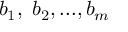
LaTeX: b _ { 1 } , \ b _ { 2 } , . . . , b _ { m }